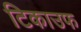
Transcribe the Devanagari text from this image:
टिकाउफ